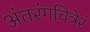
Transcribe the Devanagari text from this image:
अंतरंगचित्रेरं